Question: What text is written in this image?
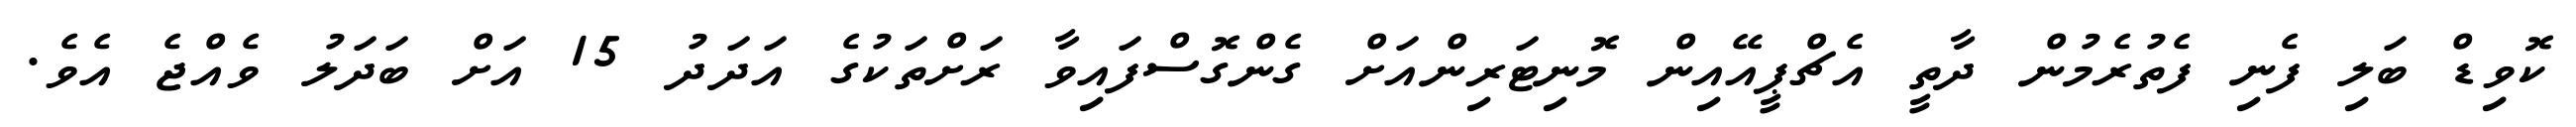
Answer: ކޮވިޑް ބަލި ފެނި ފެތުރެމުން ދާތީ އެޗްޕީއޭއިން މޮނިޓަރިންއަށް ގެންގޮސްފައިވާ ރަށްތަކުގެ އަދަދު 15 އަށް ބަދަލު ވެއްޖެ އެވެ.